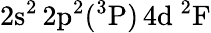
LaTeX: \mathrm{2s^{2}\, 2p^{2}(^{3}P)\, 4d~^{2}F}